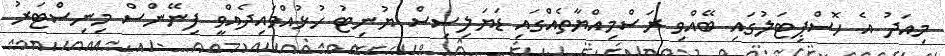
މިއަދު އެ ހޮސްޕިޓަލުގައި ބޭއްވި ރަސްމިއްޔާތެއްގައި ޑަޔަލިސިސް ޔުނިޓު ހުޅުއްވައިދެއްވީ ފިނޭންސް މިނިސްޓަރު